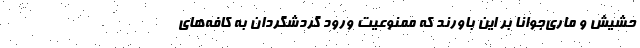
حشیش و ماری‌جوانا بر این باورند که ممنوعیت ورود گردشگردان به کافه‌های